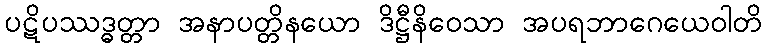
ပဋိပဿဒ္ဓတ္တာ အနာပတ္တိနယော ဒိဋ္ဌီနိဝေသာ အပရဘာဂေယေဝါတိ